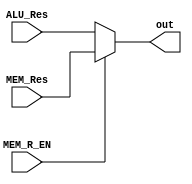
module WB_Stage(
  input[31:0] ALU_Res, MEM_Res,
  input MEM_R_EN,
  output[31:0] out
);

  assign out = MEM_R_EN ? MEM_Res : ALU_Res;

endmodule